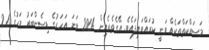
މަސައްކަތްތަކެއް ވަނީ ކުރައްވައިފައެވެ. އޭގެތެރެއިން 2004 ވަނަ އަހަރުގެ ޑިސެންބަރު މަހުގެ 26